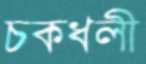
চকধলী